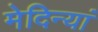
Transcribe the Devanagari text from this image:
मेदिन्यां